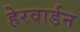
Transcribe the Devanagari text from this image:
हेरवार्डन